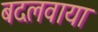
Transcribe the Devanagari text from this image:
बदलवाया